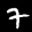
Label: 7